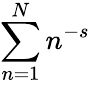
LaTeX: \sum_{n=1}^{N}n^{-s}